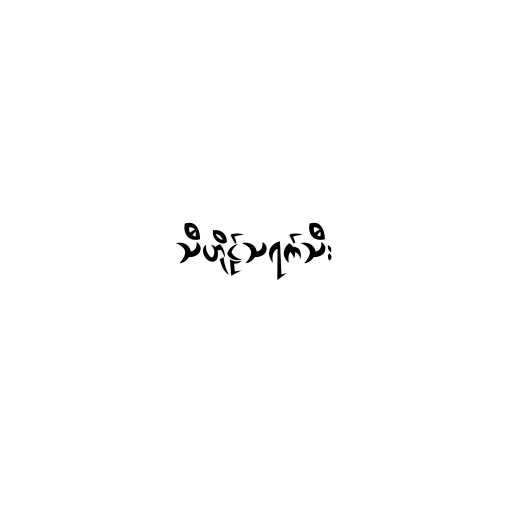
သီဟိုဠ်သရက်သီး